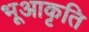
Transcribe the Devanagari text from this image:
भूआकृति